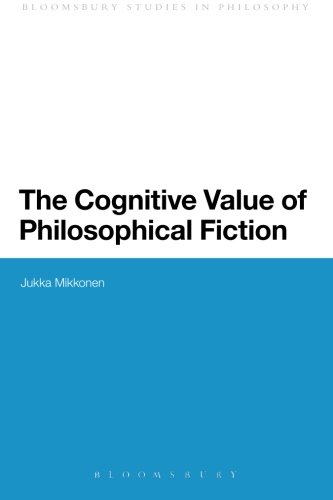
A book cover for The Cognitive Value of Philosophical Fiction (Bloomsbury Studies in Philosophy); Jukka Mikkonen; Politics & Social Sciences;